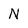
Character: N